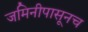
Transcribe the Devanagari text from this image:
जमिनीपासूनच